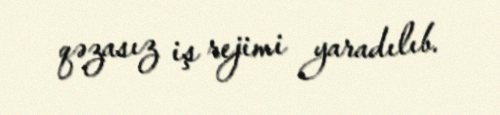
qəzasız iş rejimi yaradılıb.